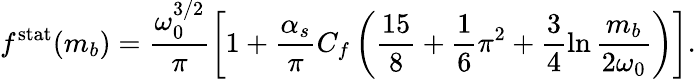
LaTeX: f^{\mathrm{stat}}(m_{b})=\frac{\omega_{0}^{3/2}}{\pi}\left[1+\frac{\alpha_{s}}{\pi}C_{f}\left(\frac{15}{8}+\frac{1}{6}\pi^{2}+\frac{3}{4}\ln\frac{m_{b}}{2\omega_{0}}\right)\right].